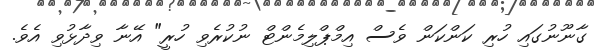
ގާނޫނުގައި ހުރި ކަންކަން ވެސް އިމްޕްލިމެންޓް ނުކުރެވި ހުރީ" އޭނާ ވިދާޅުވި އެވެ.